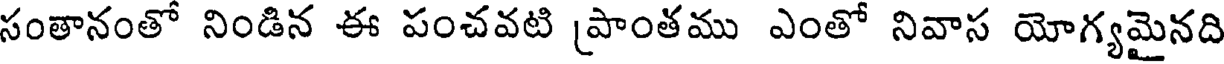
సంతానంతో నిండిన ఈ పంచవటి [పాంతము ఎంతో నివాస యోగ్యమైనది